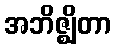
အဘိဇ္ဈိတာ